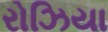
રોઝિયા